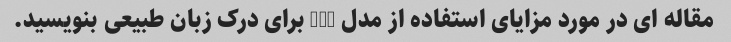
مقاله ای در مورد مزایای استفاده از مدل GPT برای درک زبان طبیعی بنویسید.